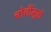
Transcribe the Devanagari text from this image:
चोचींमुळे